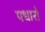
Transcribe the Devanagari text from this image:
पधारो